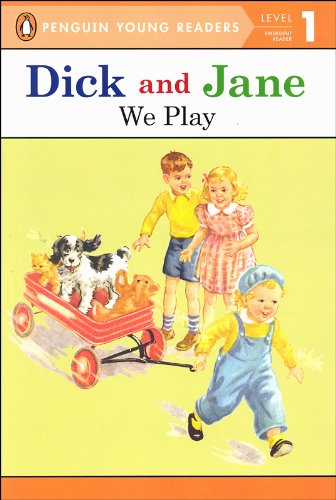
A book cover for We Play (Read With Dick and Jane); Penguin Young Readers; Children's Books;